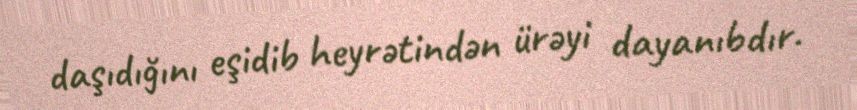
daşıdığını eşidib heyrətindən ürəyi dayanıbdır.